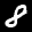
Label: 8